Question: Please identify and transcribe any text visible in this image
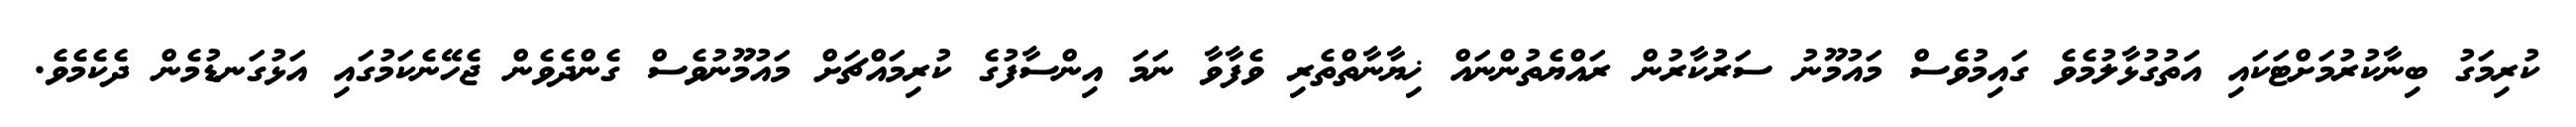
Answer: ކުރިމަގު ބިނާކުރުމަށްޓަކައި އަތުގުޅާލުމެވެ ގައިމުވެސް މައުމޫނު ސަރުކާރުން ރައްޔެތުންނައް ޚިޔާނާތްތެރި ވެފާވާ ނަމަ އިންސާފުގެ ކުރިމައްޗަށް މައުމޫނުވެސް ގެންދެވެން ޖެހޭނެކަމުގައި އަޅުގަނޑުމެން ދެކެމެވެ.